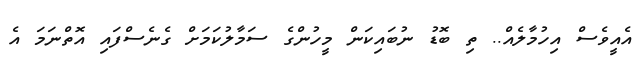
އެއީވެސް އިހުމާލެއް.. ތި ބޮޑު ނުބައިކަން މީހުންގެ ސަމާލުކަމަށް ގެނެސްފައި އޮތްނަމަ އެ